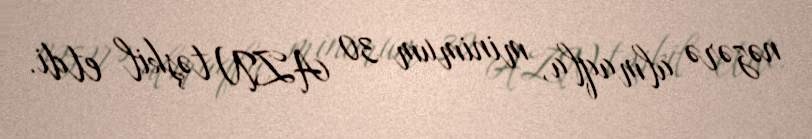
nəzərə almaqla, minimum 30 AZN təşkil etdi.